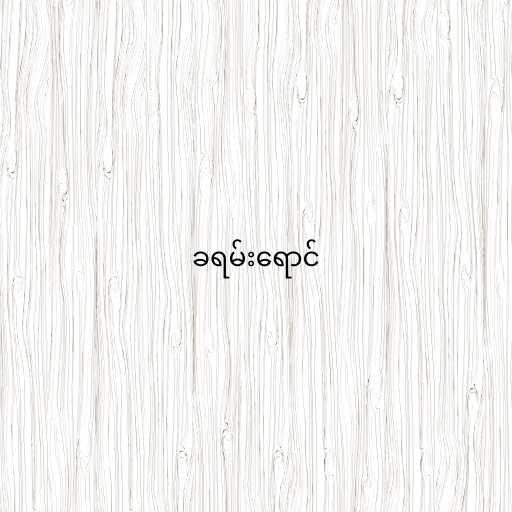
ခရမ်းရောင်